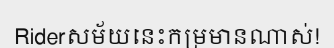
Riderសម័យនេះកម្រមានណាស់!